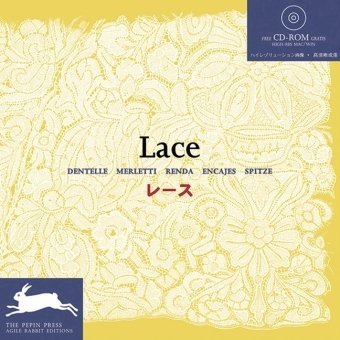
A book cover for Lace; Pepin Van Roojen; Crafts, Hobbies & Home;